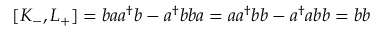
[ K _ { - } , L _ { + } ] = b a a ^ { \dagger } b - a ^ { \dagger } b b a = a a ^ { \dagger } b b - a ^ { \dagger } a b b = b b